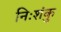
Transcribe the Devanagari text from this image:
निःशंकु